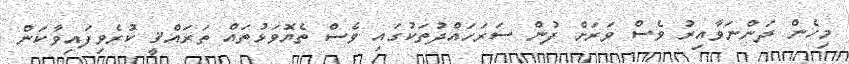
މިހެން ދަންނަވާއިރު ވެސް ވަރަށް ފުން ސަރަހައްދުތަކުގައި ވެސް ތެޔޮވަޅުތައް ތަރައްޤީ ކުރެވިފައިވާކަން